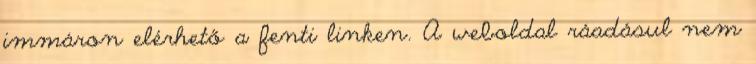
immáron elérhető a fenti linken. A weboldal ráadásul nem